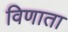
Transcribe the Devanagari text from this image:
विणाता